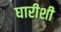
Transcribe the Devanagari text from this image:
घारीशी